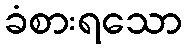
ခံစားရသော